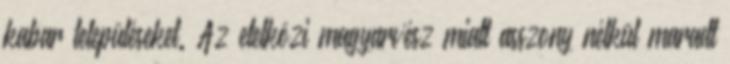
kabar településeket. Az etelközi magyarvész miatt asszony nélkül maradt